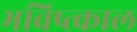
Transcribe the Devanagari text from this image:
भविष्त्काल